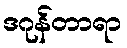
ဒဂုန်တာရာ